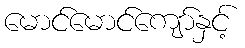
မောင်မောင်ကျော်နှင့်